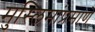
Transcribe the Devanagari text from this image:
मुस्लिमांप्रमाणे